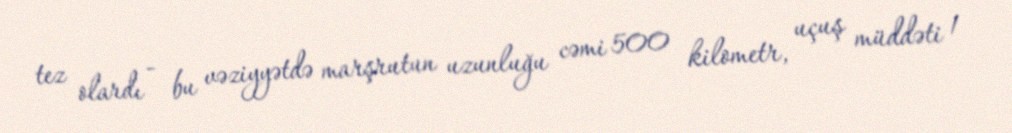
tez olardı - bu vəziyyətdə marşrutun uzunluğu cəmi 500 kilometr, uçuş müddəti 1